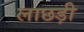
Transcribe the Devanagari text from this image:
लाछड़ी